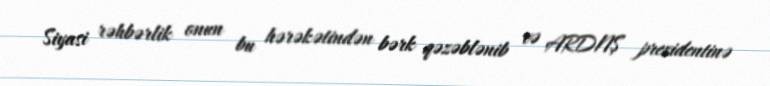
Siyasi rəhbərlik onun bu hərəkətindən bərk qəzəblənib və ARDNŞ prezidentinə